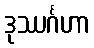
ဒုဿင်္ဂဟာ